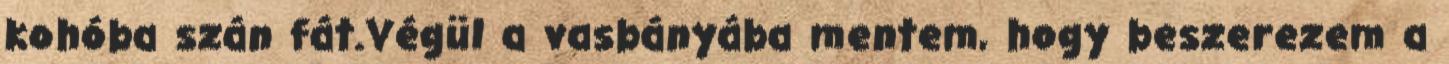
kohóba szán fát.Végül a vasbányába mentem, hogy beszerezem a